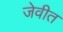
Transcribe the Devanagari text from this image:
जेवीत